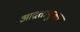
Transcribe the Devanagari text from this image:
आद्रतायुक्त